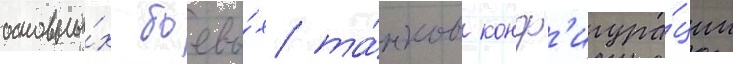
основны́х боевы́х та́нков конф'игура́ции